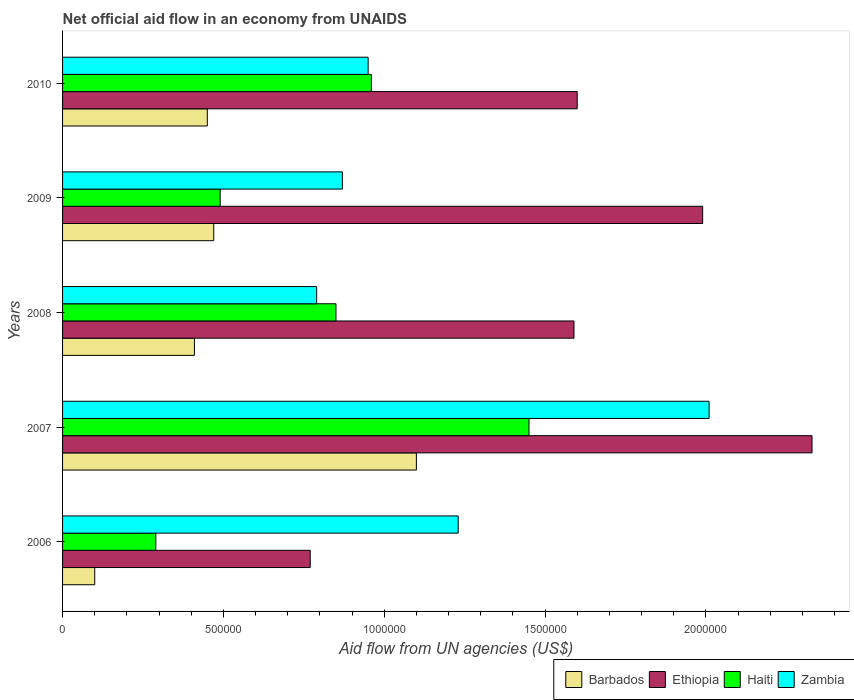
| Years | Barbados | Ethiopia | Haiti | Zambia |
 | --- | --- | --- | --- | --- |
 | 2006 | 1e+05 | 7.7e+05 | 2.9e+05 | 1.23e+06 |
 | 2007 | 1.1e+06 | 2.33e+06 | 1.45e+06 | 2.01e+06 |
 | 2008 | 4.1e+05 | 1.59e+06 | 8.5e+05 | 7.9e+05 |
 | 2009 | 4.7e+05 | 1.99e+06 | 4.9e+05 | 8.7e+05 |
 | 2010 | 4.5e+05 | 1.6e+06 | 9.6e+05 | 9.5e+05 |